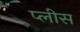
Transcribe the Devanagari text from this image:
प्लीस